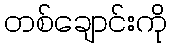
တစ်ချောင်းကို